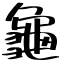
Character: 龜